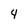
Character: 4